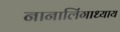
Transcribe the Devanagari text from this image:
नानालिंगाध्याय